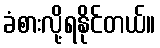
ခံစားလို့ရနိုင်တယ်။